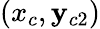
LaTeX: (x_{c},\mathbf{y}_{c2})